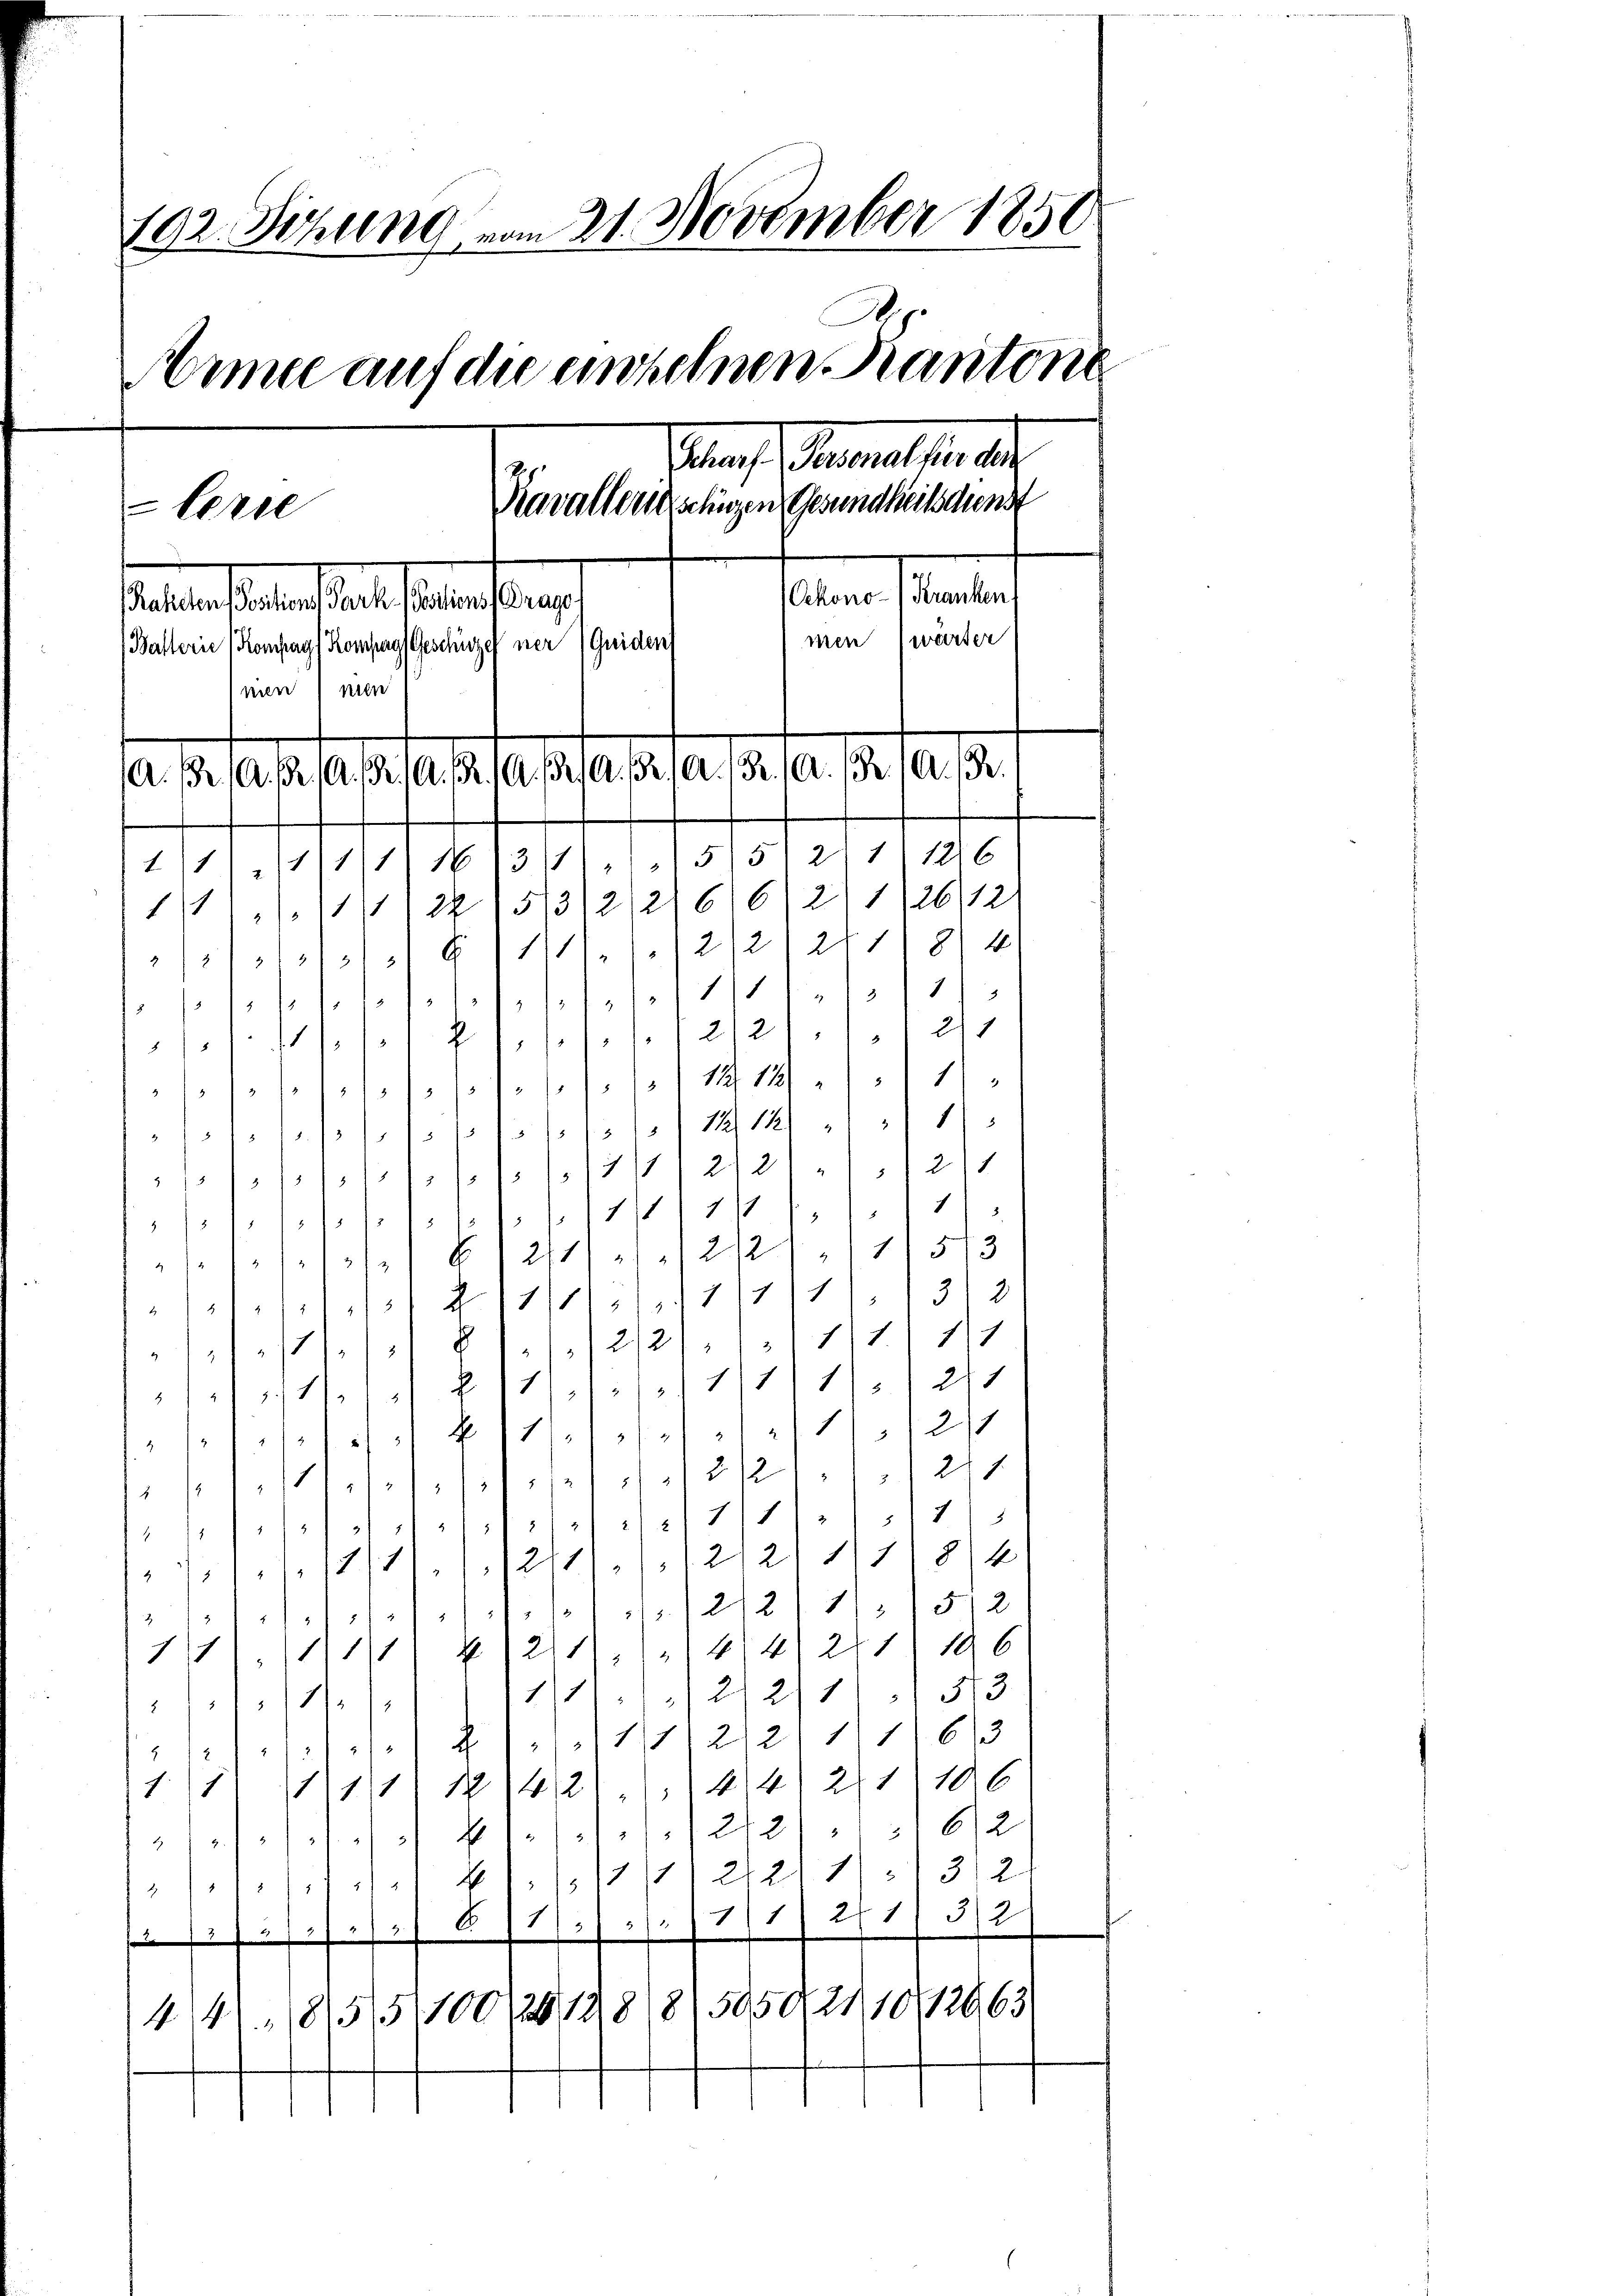
192. Sitzung vom 21. November 1850.
Armee auf die einzelnen Kantone
Straf Fernellen
Kavallen seligen Gesundheitsdienst
lerie
atner stanten
staltestaltestaet belastens
men wärter
(Balterie (Kompag/ Kompags Geschützelner (Guiden
men) nen
astasialata se fas
 . . .

11/1111) No 1311 (15/5/2 1) 1816
1. 11,2215/3/2/2/616) 2) 1126/12
11
/2/212/118) 4)

11/11
.
/ 1.) Peripoter (2121 1/2/1
4
117 (1. (1418) 1)
se de se
decessor No 11. 10/11/121/1
14 272) 12/1
s
s
e
/10 f. 1. /1
1
.
5
1
N. 111 6211/2. 2121 11 513
sent. 151 Z 1714/11/11/11/3 2
7/ 81 (1221) 111. 111
1171. IV S. 14/11/11/1/2/1
a) kolor 1121
a
/2121 (211
1
rtolo del ein
5/12
11/11
22
sopel defelslos
84
1
/11/11 (1211 (12211
 121211/5/2
e
¬
III 111 221 (474) 271) 196
111. 132/2/11 1513
/179.
1122 1163

a
114, No 1421. 144. 211. 106
1.1
edosches No. 282. 262
/1. 111 4/////21211/1312
////// 611. 111 271) 312

1/5/1./9. 1111.
" so so das so geleh

5050,2110
8
441. 1855/100/2198

12963